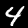
Label: 4